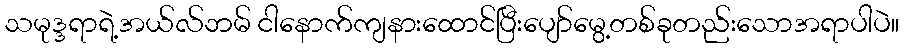
သမုဒ္ဒရာရဲ့အယ်လ်ဘမ် ငါနောက်ကျနားထောင်ပြီးပျော်မွေ့တစ်ခုတည်းသောအရာပါပဲ။